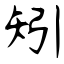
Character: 矧